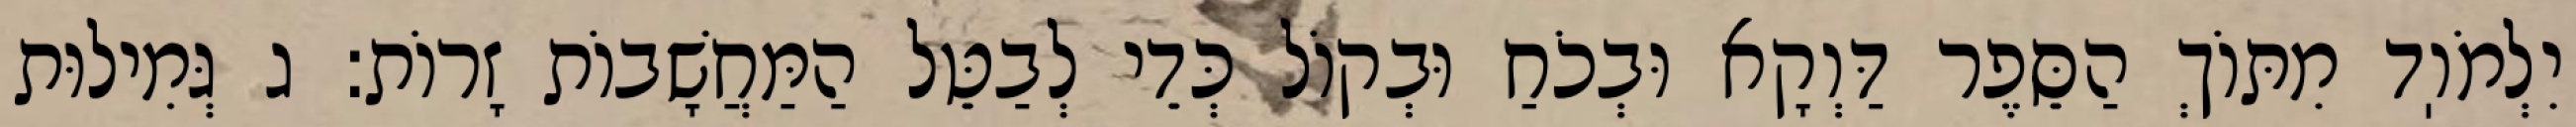
יִלְמֹוֽד מִתּוֹךְ הַסֵּפֶר דַּוְקָא וּבְכֹחַ וּבְקוֹל כְּדֵי לְבַטֵּל הַמַּחֲשָׁבוֹת זָרוֹת: ג גְּמִילוּת